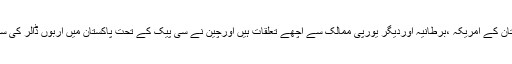
انہوںنے کہا کہ پاکستان کے امریکہ ،برطانیہ اوردیگر یورپی ممالک سے اچھے تعلقات ہیں اورچین نے سی پیک کے تحت پاکستان میں اربوں ڈالر کی سرمایہ کاری کی ہے ۔